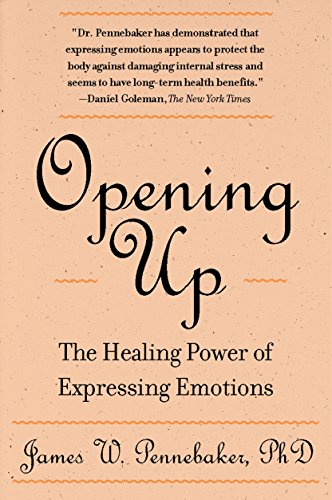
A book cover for Opening Up: The Healing Power of Expressing Emotions; James W. Pennebaker; Christian Books & Bibles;